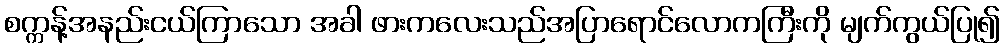
စက္ကန့်အနည်းငယ်ကြာသော အခါ ဖားကလေးသည်အပြာရောင်လောကကြီးကို မျက်ကွယ်ပြု၍